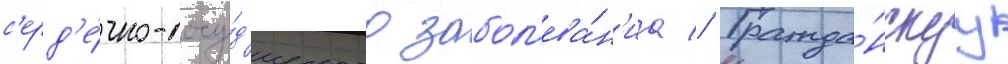
с'ерд'е́чно-сосу́д'истого забол'ева́н'иа // Гражда́нскуу